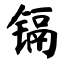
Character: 镉